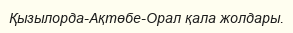
Қызылорда-Ақтөбе-Орал қала жолдары.